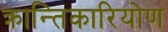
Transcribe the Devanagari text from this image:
क्रान्तिकारियोण